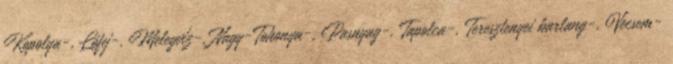
Kopolya-, Lófej-, Melegvíz-, Nagy-Tohonya-, Pasnyag-, Tapolca-, Teresztenyei barlang-, Vecsem-